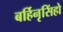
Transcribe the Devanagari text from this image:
बर्हिनृसिंहो